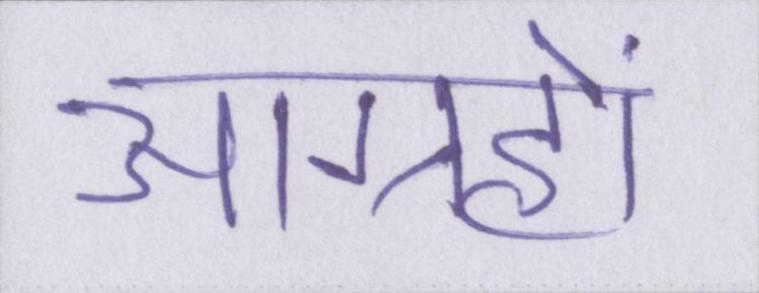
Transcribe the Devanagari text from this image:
आग्रहों